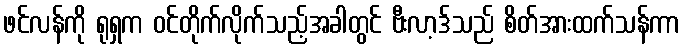
ဖင်လန်ကို ရုရှက ဝင်တိုက်လိုက်သည့်အခါတွင် ဗီးလာ့ဒ်သည် စိတ်အားထက်သန်ကာ